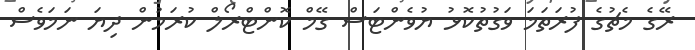
ރޭގެ މެޗުގެ ފުރަތަމަ ވަގުތުކޮޅު ޔުވެންޓަސް ގޭމް ކޮންޓްރޯލް ކުރަމުން ދިޔަ ނަމަވެސް